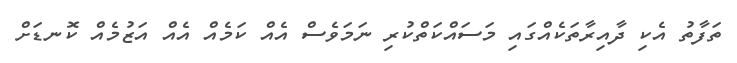
ތަފާތު އެކި ދާއިރާތަކެއްގައި މަސައްކަތްކުރި ނަމަވެސް އެއް ކަމެއް އެއް އަޒުމެއް ކޮނޑަށް